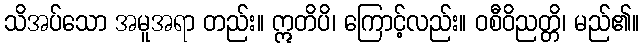
သိအပ်သော အမူအရာ တည်း။ ဣတိပိ၊ ကြောင့်လည်း။ ဝစီဝိညတ္တိ၊ မည်၏။